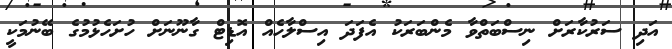
އަދި ސަރުކާރަށް ނިސްބަތްވާ މެންބަރަކު އެފަދަ އިސްލާހެއް އޮޑިޓް ގާނޫނަށް ހުށަހެޅުމުގެ ބޭނުމަކީ